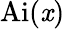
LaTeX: \operatorname{Ai}(\mathit{x})